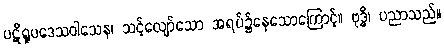
ပဋိရူပဒေသဝါသေန၊ သင့်လျော်သော အရပ်၌နေသောကြောင့်။ ဗုဒ္ဓိ၊ ပညာသည်။